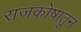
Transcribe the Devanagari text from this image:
राजकोषातून